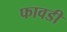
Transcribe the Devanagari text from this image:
फावडी